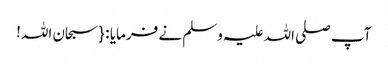
آپ صلی اللہ علیہ وسلم نے فرمایا : { سبحان اللہ!